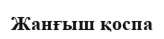
Жанғыш қоспа